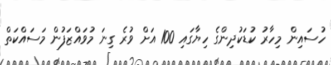
ހުސައިން މިހާރު ކުޑަކުދިންގެ ހިޔާގައި 100 އަށް ވުރެ ގިނަ މުވައްޒަފުން މަސައްކަތް